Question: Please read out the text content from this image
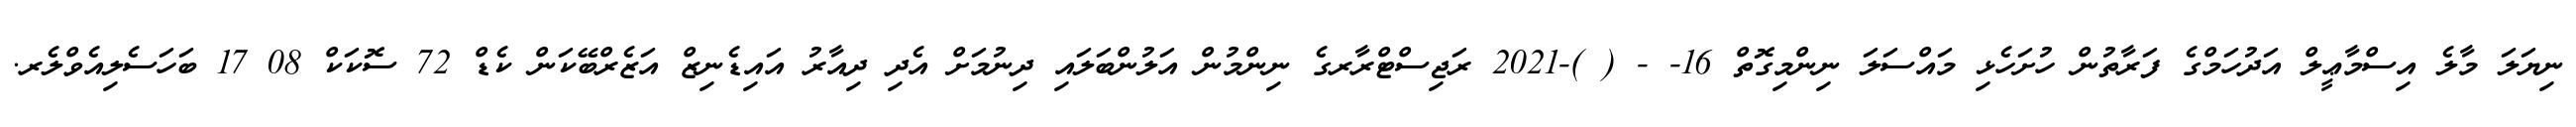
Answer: ނިޔަލަ މާލެ އިސްމާޢީލް އަދުހަމްގެ ފަރާތުން ހުށަހެޅި މައްސަލަ ނިންމިގޮތް 16- - ( )-2021 ރަޖިސްޓްރާރގެ ނިންމުން އަލުންބަލައި ދިނުމަށް އެދި ދިއާރު އައިޑެނިޒް އަޒެރްބޭކަން ކެޑް 72 ސޮކަކް 08 17 ބަހަސެލިއެވްލެރ.